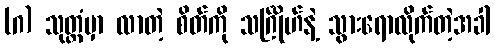
(ဂ) သုတ္တံမှာ လာတဲ့ စိတ်ကို သင်္ဂြိုဟ်နဲ့ သွားရောလိုက်တဲ့အခါ